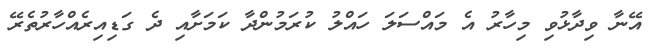
އޭނާ ވިދާޅުވި މިހާރު އެ މައްސަލަ ހައްލު ކުރަމުންދާ ކަމަށާއި ދެ ގަޑިއިރެއްހާރުތެރޭ